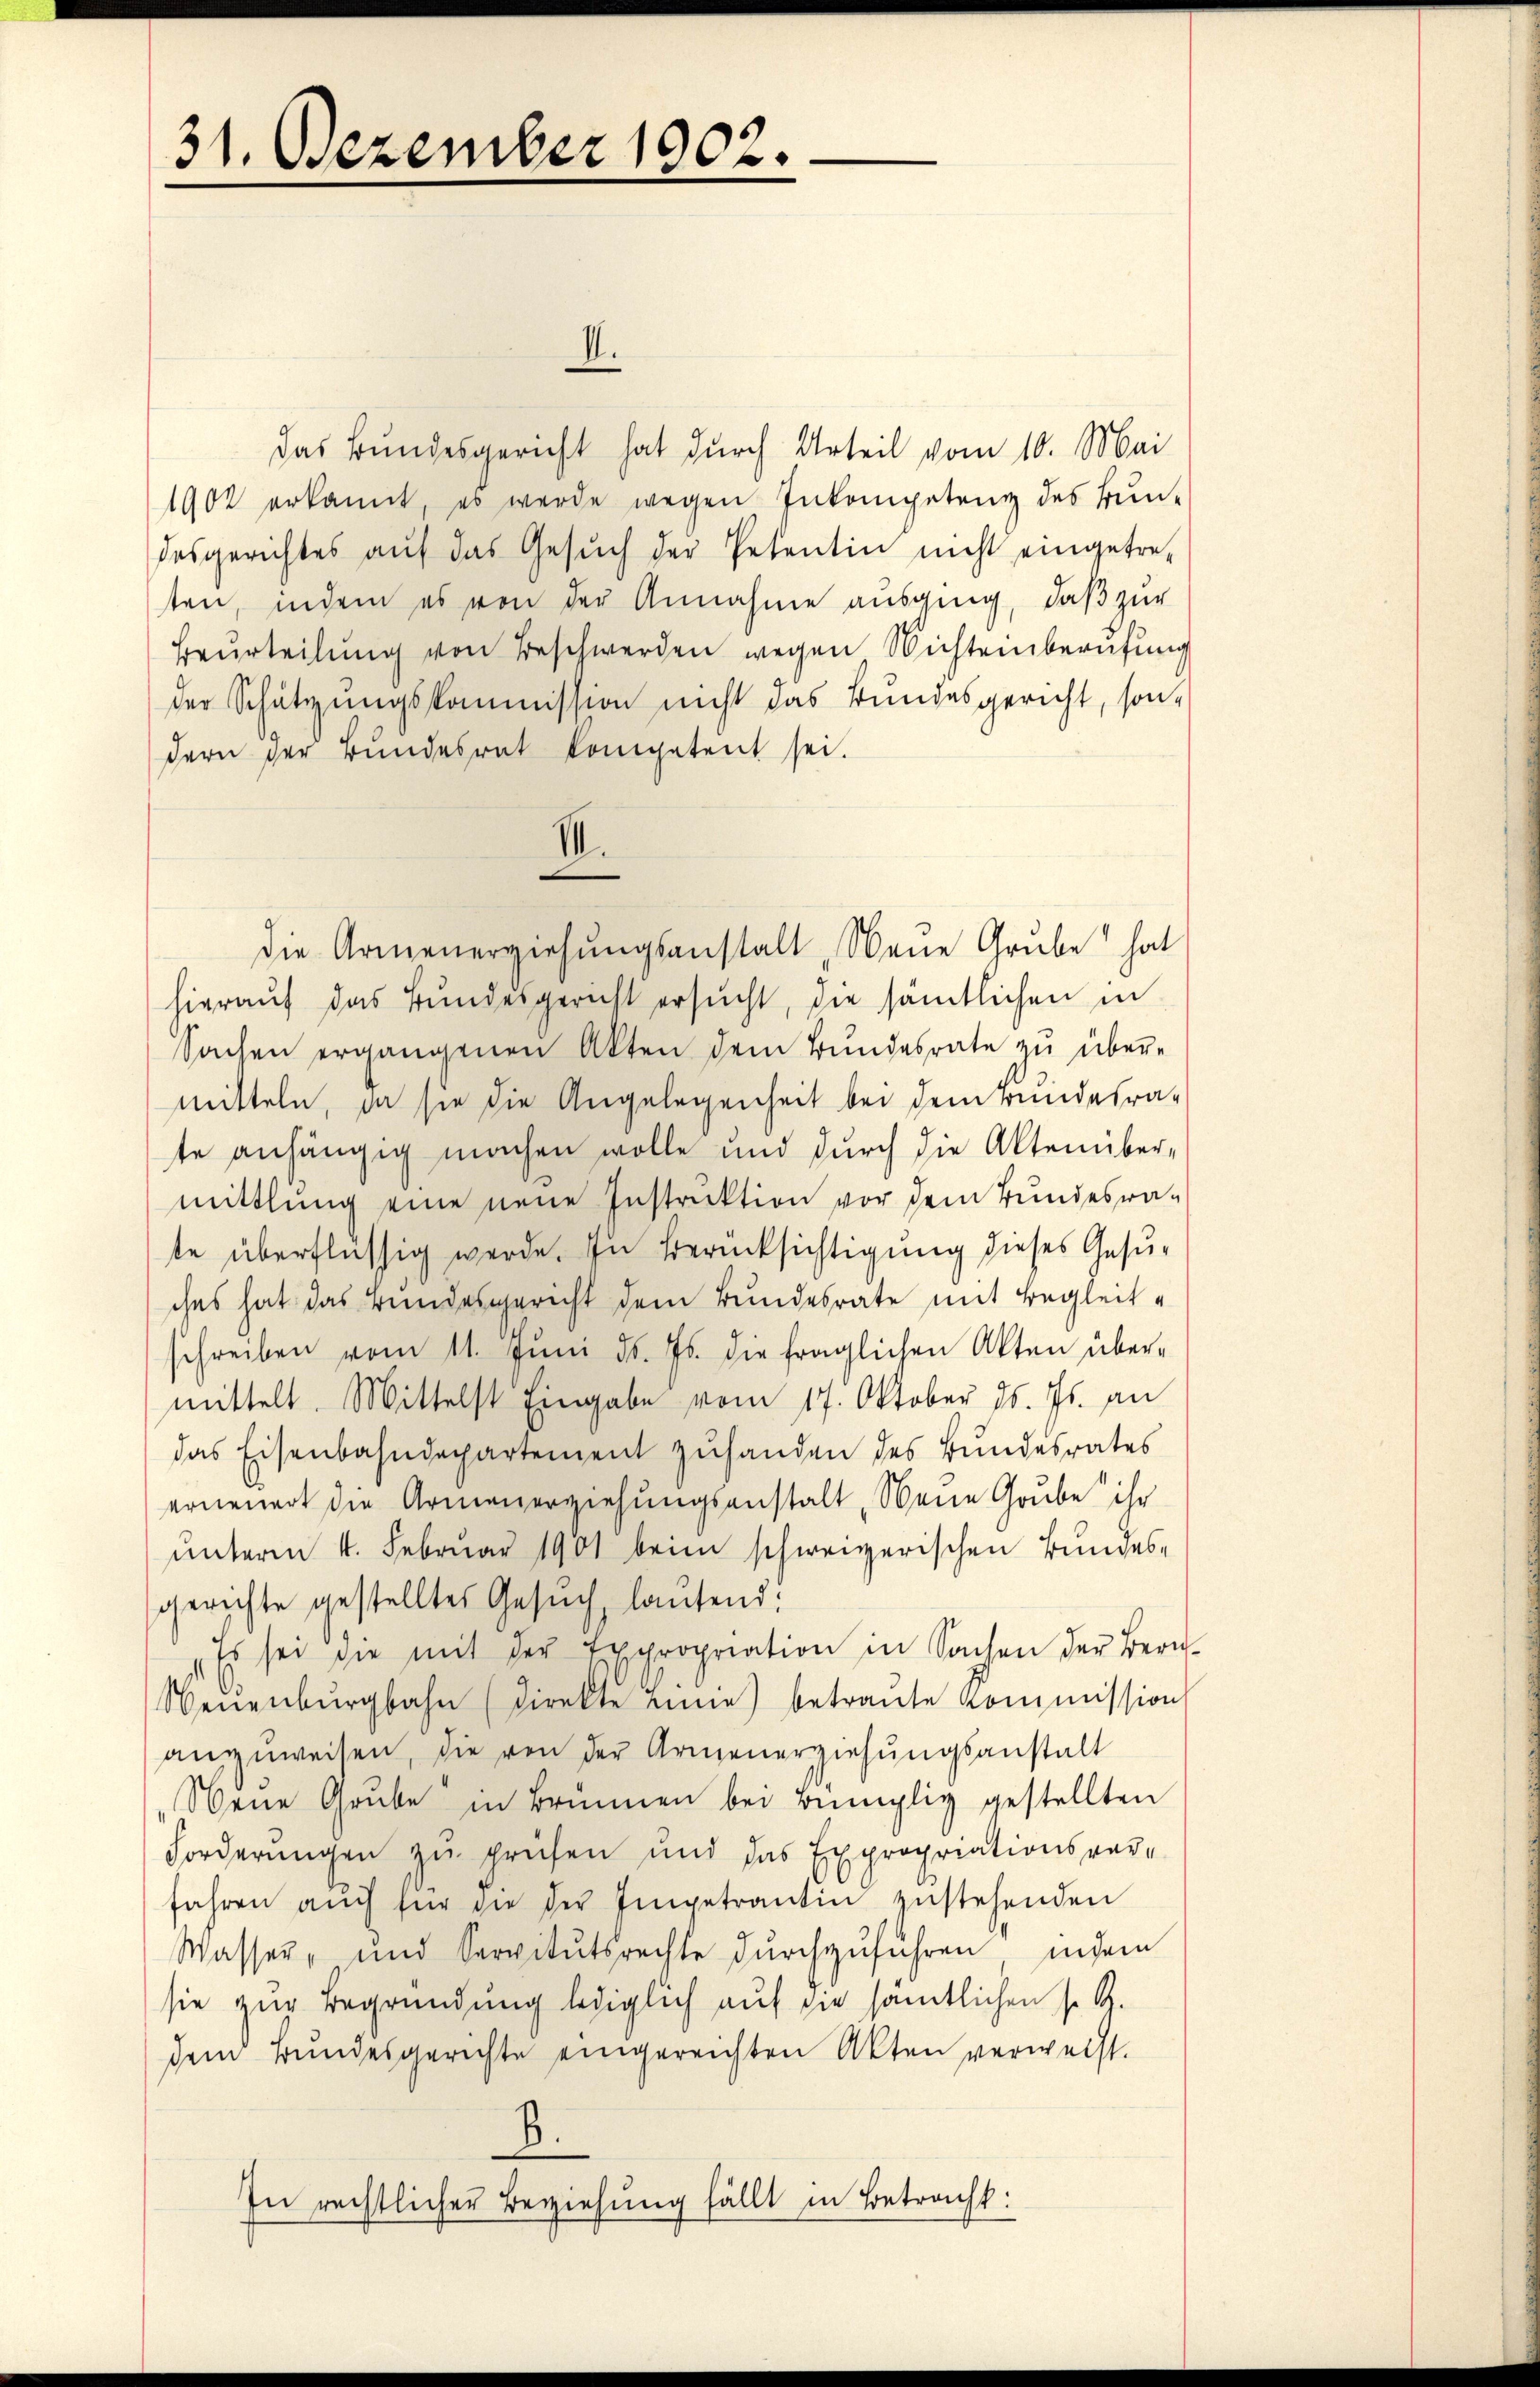
31. Dezember 1902.

II.
das Bundesgericht hat durch Urteil vom 10. Mai
1902 erkannt, es werde wegen Inkompetenz des Bun-
desgerichtes aŭf das Gesŭch der Petentin nicht eingetre-
ten, indem es von der Annahme ausging, daß zur
Beurteilung von Beschwerden wegen Wichtenberufung
der Schützungskommission nicht das Bundesgericht, son-
dern der Bundesrat kompetent sei.
III.
die Armenerziehŭngsanstalt Neue Grube hat
hierauf das Bundesgericht ersucht, die sämtlichen in
Sachen ergangenen Akten dem Bŭndesrate zŭ über-
mitteln, da sie die Angelegenheit bei dem Bundesrate anhängig machen wolle und durch die Aktenüber,
mittlung eine neue Instruktion vor dem Bundesrate überflüssig werde. In Berücksichtigung dieses Gesuches hat das Bundesgericht dem Bundesrate mit Begleitschreiben vom 11. Juni d. Js. die fraglichen Akten über-
mittelt. Mittelst Eingabe vom 17. Oktober 16. Js. an
das Eisenbahndepartement zuhanden des Bundesrates
erneuert die Armenerziehungsanstalt Neue Grube ihr
unterm 4. Februar 1901 beim schweizerischen Bundesgerichte gestelltes Gesŭch, lautend:
Es sei die mit der Expropriation in Sachen der Bern-
Neuenbŭrgbahn (direkte inne) betraŭte Kommission
anzŭweisen, die von der Armenerziehŭngsanstalt
„Neue Grube in Brunnen bei Bünglig gestellten
Forderungen zu prüfen und das Expropriationsver-
fahren auch für die der Impetrantin zustehenden
Wasser, und Servitutsrechte dŭrchzŭführen, indem
sie zur Begründung lediglich auf die sämtlichen s. Z.
dem Bundesgerichte eingereichten Akten verwecht.
B.
In rechtlicher Beziehung fällt in Betracht: